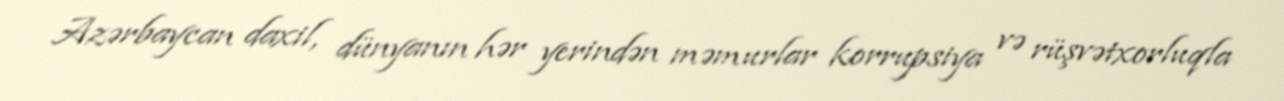
Azərbaycan daxil, dünyanın hər yerindən məmurlar korrupsiya və rüşvətxorluqla